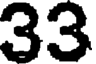
33